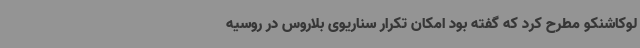
لوکاشنکو مطرح کرد که گفته بود امکان تکرار سناریوی بلاروس در روسیه